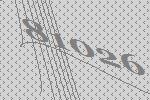
81026